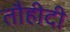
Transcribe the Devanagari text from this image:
तौहीदी